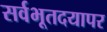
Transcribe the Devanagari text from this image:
सर्वभूतदयापर